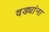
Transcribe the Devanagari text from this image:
वड्यांना